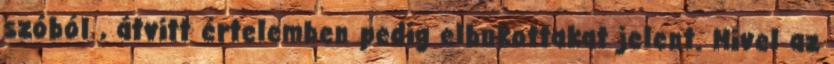
szóból , átvitt értelemben pedig elbukottakat jelent. Mivel az